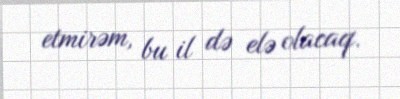
etmirəm, bu il də elə olacaq.